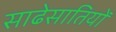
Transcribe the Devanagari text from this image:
साढेसातियों